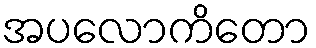
အပလောကိတော